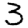
Digit: 3